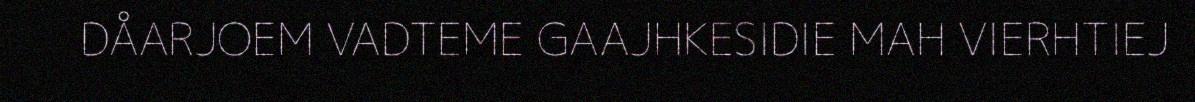
DÅARJOEM VADTEME GAAJHKESIDIE MAH VIERHTIEJ